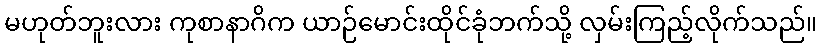
မဟုတ်ဘူးလား ကုစာနာဂိက ယာဉ်မောင်းထိုင်ခုံဘက်သို့ လှမ်းကြည့်လိုက်သည်။